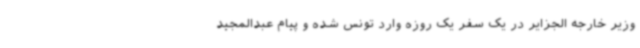
وزیر خارجه الجزایر در یک سفر یک روزه وارد تونس شده و پیام عبدالمجید